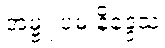
အမ္ဗူ ပမ နိဒ္ဒေသ